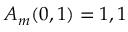
A _ { m } ( 0 , 1 ) = 1 , 1